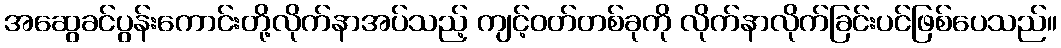
အဆွေခင်ပွန်းကောင်းတို့လိုက်နာအပ်သည့် ကျင့်ဝတ်တစ်ခုကို လိုက်နာလိုက်ခြင်းပင်ဖြစ်ပေသည်။